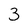
Character: 3